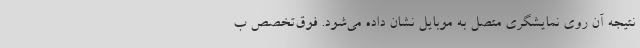
نتیجه آن روی نمایشگری متصل به موبایل نشان داده می‌شود. فوق‌تخصص ب